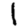
Digit: 1